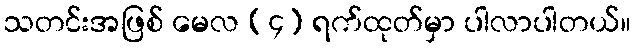
သတင်းအဖြစ် မေလ (၄) ရက်ထုတ်မှာ ပါလာပါတယ်။